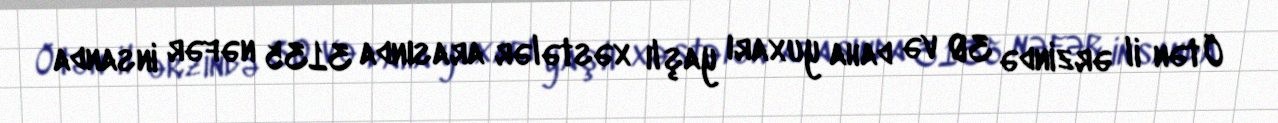
Ötən il ərzində 30 və daha yuxarı yaşlı xəstələr arasında 3135 nəfər insanda